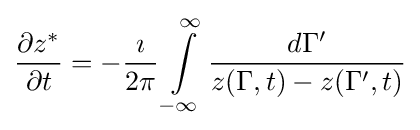
{\frac {\partial z^{*}}{\partial t}}=-{\frac {\imath }{2\pi }}\int \limits _{-\infty }^{\infty }{\frac {d\Gamma '}{z(\Gamma ,t)-z(\Gamma ',t)}}